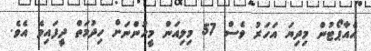
އެއާޕޯޓުން މިދިޔަ އަހަރު ވެސް 57 މިލިއަން މީހުންނަށް ހިދުމަތް ދީފައިވެ އެވެ.